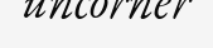
uncorner